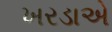
ખરડાએ